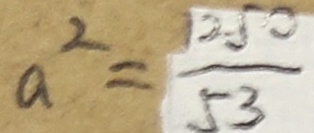
a ^ { 2 } = \frac { 1 2 5 0 } { 5 3 }